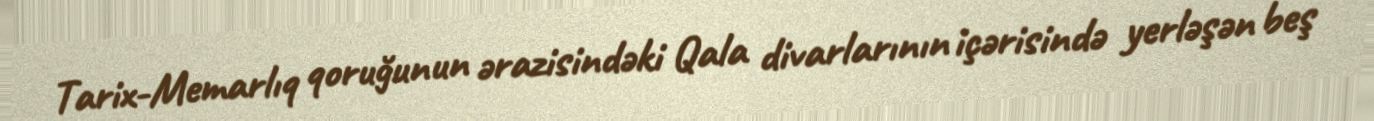
Tarix-Memarlıq qoruğunun ərazisindəki Qala divarlarının içərisində yerləşən beş